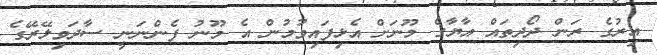
އިރުގެ ރަން ދޯދިތައް އާޔާގެ މޫނަށް އެޅިފައިވުމުން އެ މޫނު ފެންނަނީ ސާދަވިލޭރޭގެ